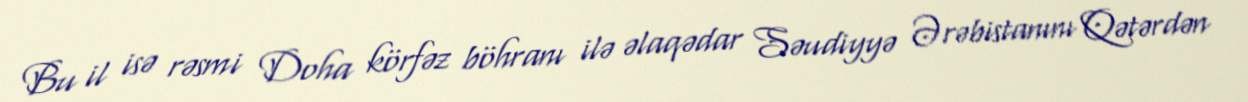
Bu il isə rəsmi Doha körfəz böhranı ilə əlaqədar Səudiyyə Ərəbistanını Qətərdən